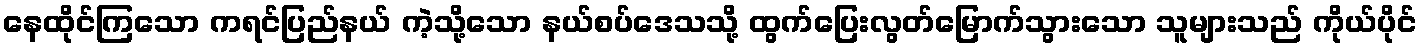
နေထိုင်ကြသော ကရင်ပြည်နယ် ကဲ့သို့သော နယ်စပ်ဒေသသို့ ထွက်ပြေးလွတ်မြောက်သွားသော သူများသည် ကိုယ်ပိုင်